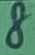
Text: 8